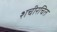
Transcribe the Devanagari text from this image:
शचीरचित